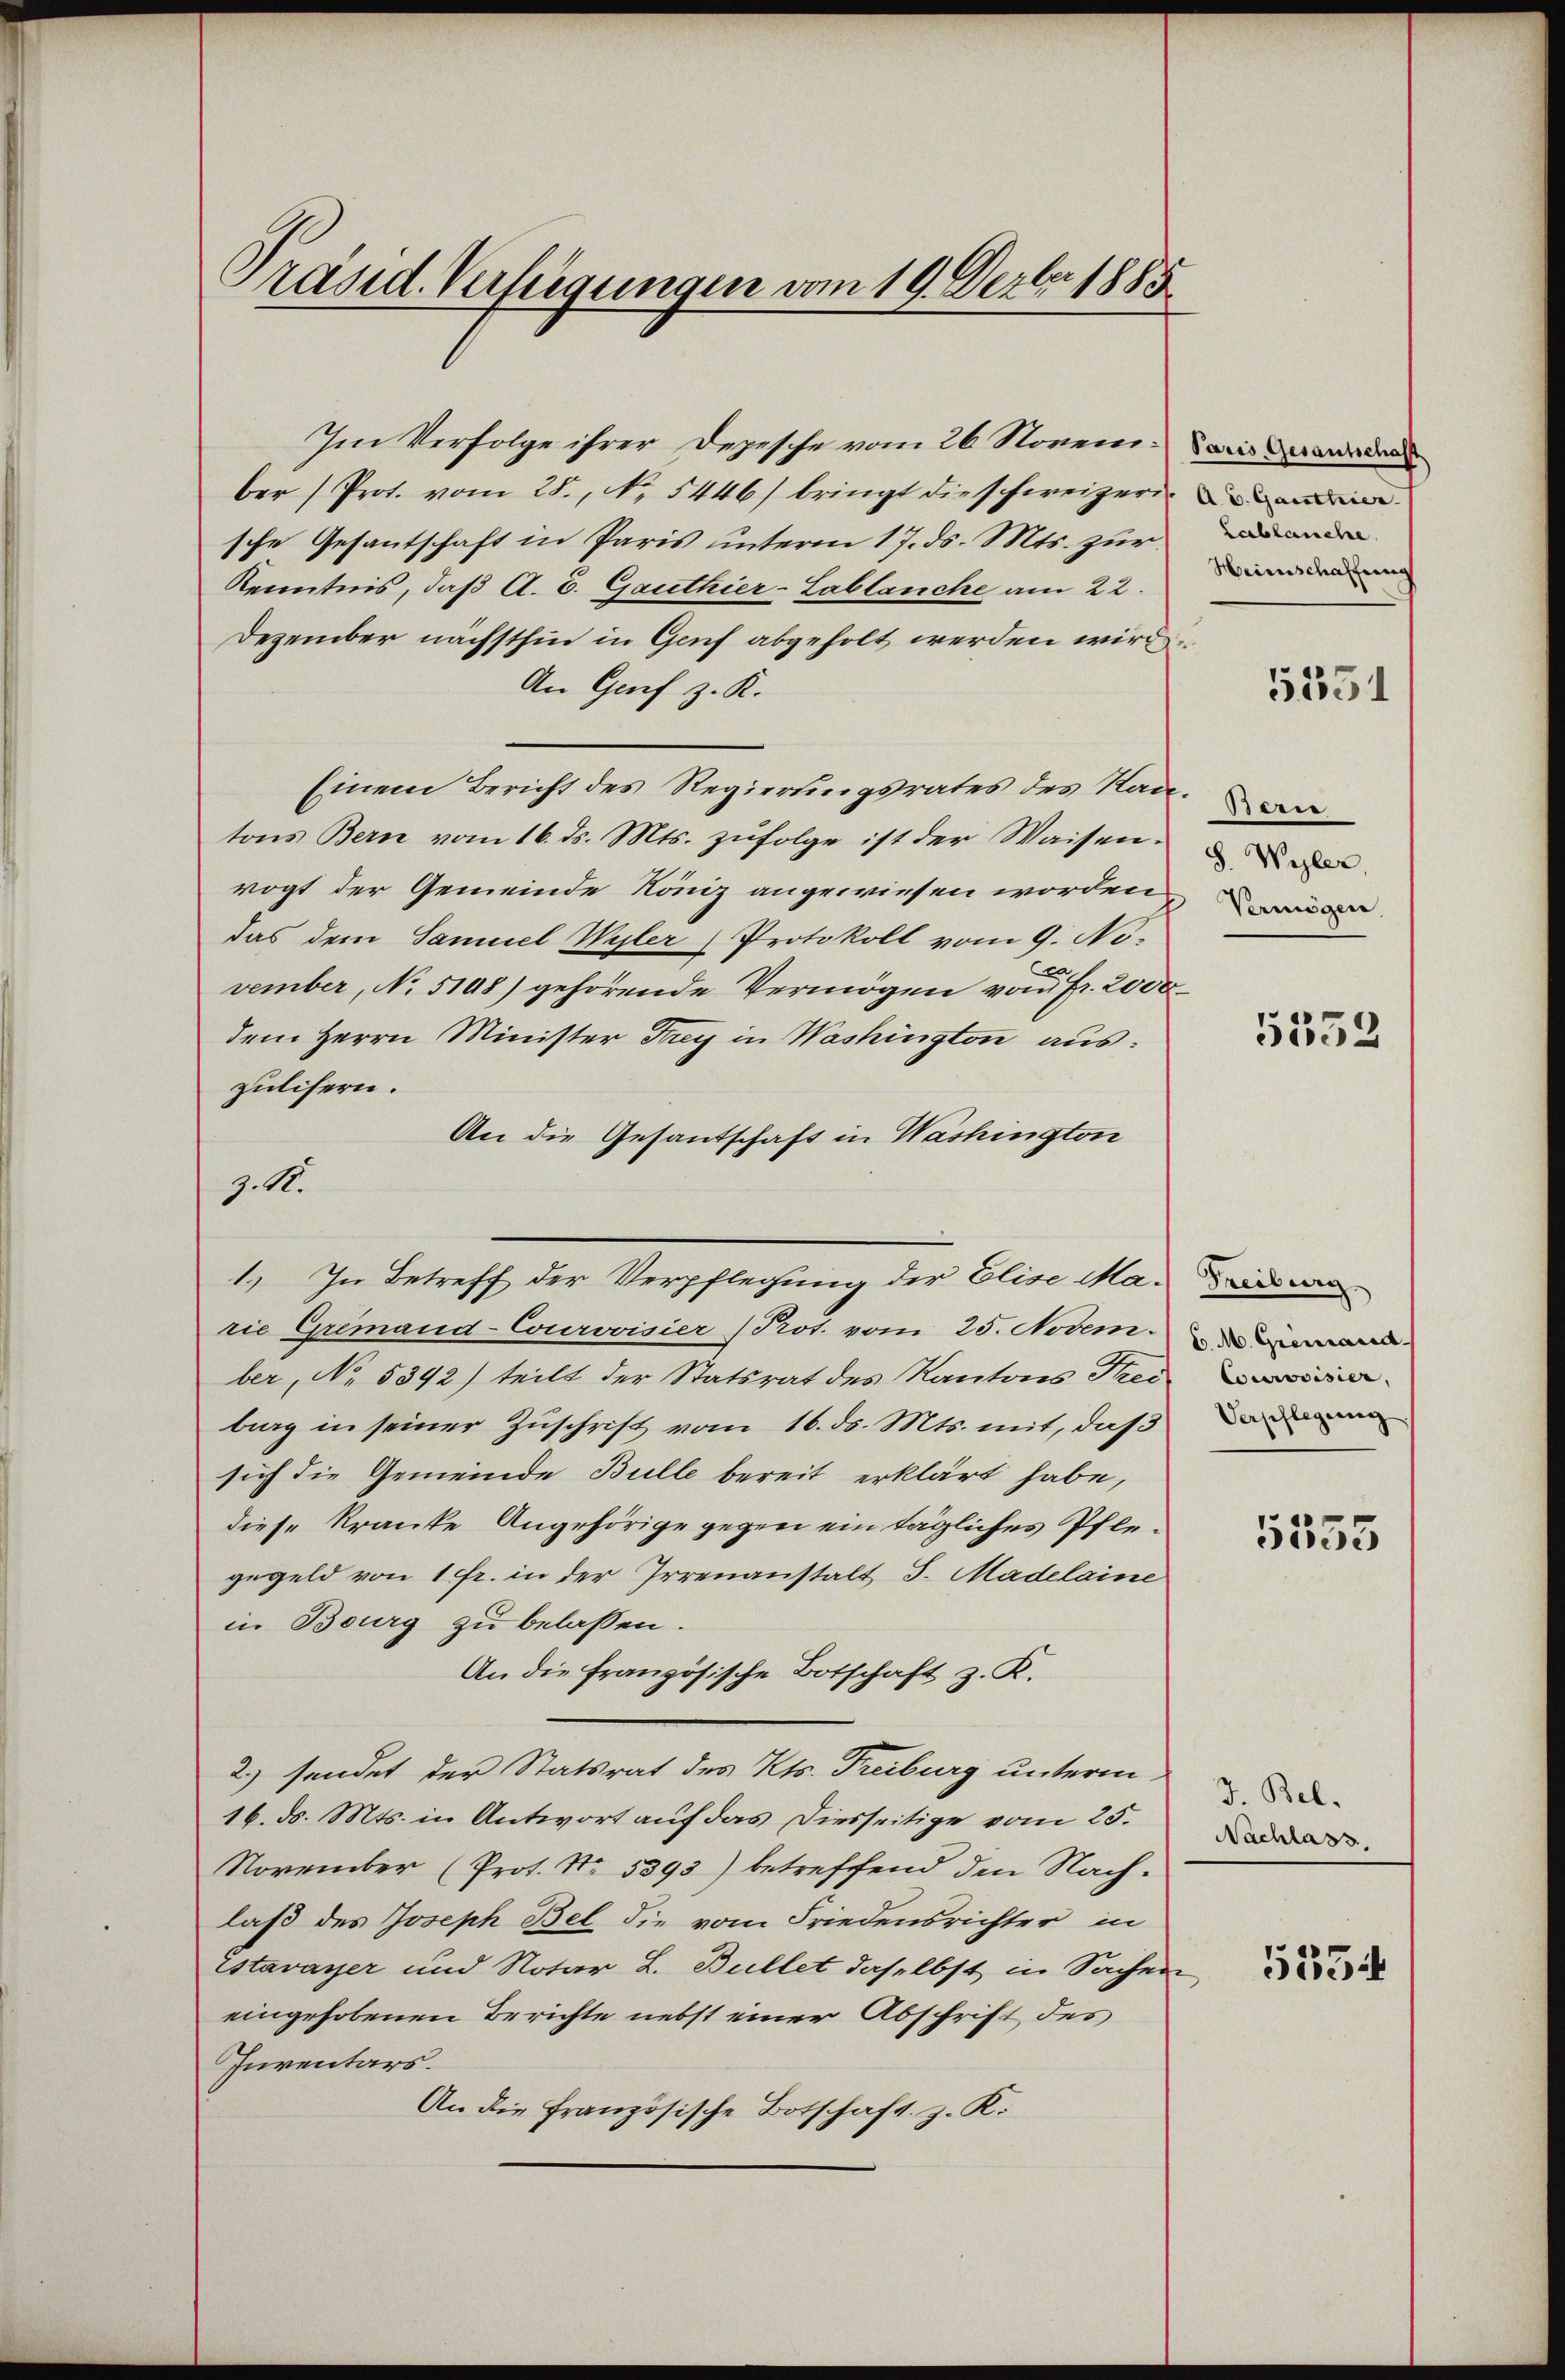
Präsid. Verfügungen vom 19. Dezbr 1885

Im Verfolge ihrer Depesche vom 26. November (Prot. vom 28. No. 5446) bringt die schweizeri
sche Gesantschaft in Paris unterm 17. ds. Mts. zur
Kenntnis, daß A. E. Ganthier-Lablauche am 22.
Dezember nächsthin in Genf abgeholt werden wird
An Genf z. R.
Einem Bericht des Regierŭngsrates des Kan
tons Bern vom 16. ds. Mts. zufolge ist der Waisen.
vogt der Gemeinde König angewiesen worden,
das dem Samuel Wyler Protokoll vom 9. No.
vember, No 5108) gehörende Vermögen von Fr. 2000
dem Herrn Minister Frey in Washington auszulifern.
An die Gesantschaft in Washington
z. 16.
1.) In Betreff der Verpflegung der Elise Marie Gremand-Courovisier (Prot. vom 25. Novem
ber, No. 5392) teilt der Statsrat des Kantons Freiburg in seiner Zuschrift vom 16. ds. Mts. mit, daß
sich die Gemeinde Bulle bereit erklärt habe,
diese Kranke Angehörige gegen ein tägliches Pflegegeld von 1 Fr. in der Irrenanstalt S. Madelaine
in Bourg zu belassen.
An die französische Botschaft z. R.
2) sendet der Statsrat des Kts. Freiburg unterm
16. d. Mts. in Antwort auf das Diesseitige vom 25.
November (Prot. No. 5393) betreffend den Nachlaß des Joseph Bel die vom Friedensrichter in
Estavayer und Notar L. Bullet daselbst in Sachen
eingehobenen Berichte nebst einer Abschrift des
Inventars.
An die Französische Botschaft z. K.

Paris, Gesantschaft
Lablanche
Heinschaffung
5351

S. Wyler,

5532

Treiburg.
C. M. Gremand
Courvoisier,
Verpflegung

3

5555

J. Bel.
Nachlass.

5354